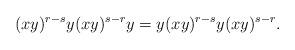
LaTeX: \begin{align*}(xy)^{r-s}y(xy)^{s-r}y=y(xy)^{r-s}y(xy)^{s-r}.\end{align*}